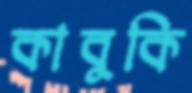
কাবুকি